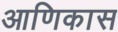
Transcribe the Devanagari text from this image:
आणिकास